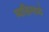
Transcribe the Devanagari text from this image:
व्यक्तिमध्ये